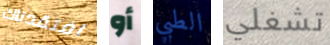
افتقدناك أو الطبي تشغلي